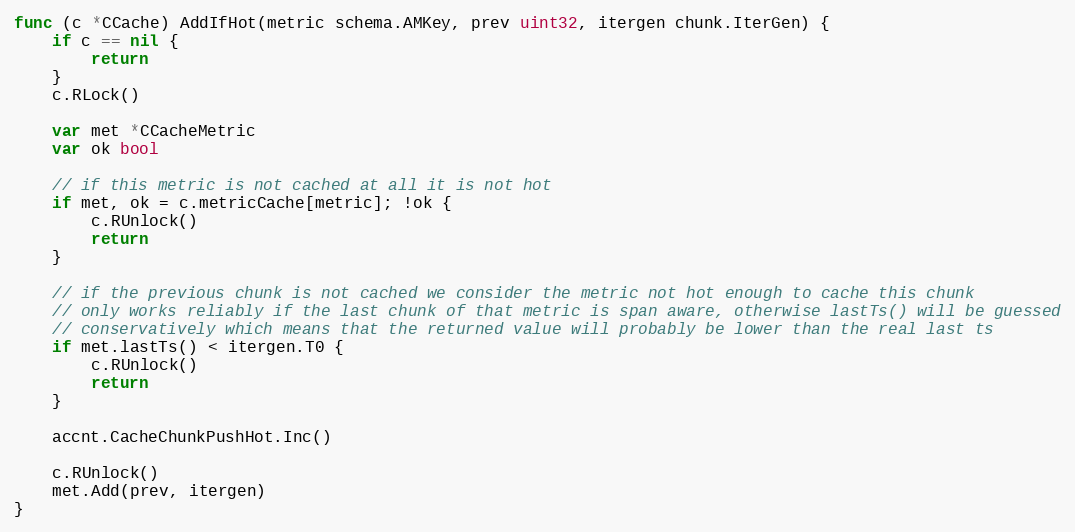
Language: Go
func (c *CCache) AddIfHot(metric schema.AMKey, prev uint32, itergen chunk.IterGen) {
	if c == nil {
		return
	}
	c.RLock()

	var met *CCacheMetric
	var ok bool

	// if this metric is not cached at all it is not hot
	if met, ok = c.metricCache[metric]; !ok {
		c.RUnlock()
		return
	}

	// if the previous chunk is not cached we consider the metric not hot enough to cache this chunk
	// only works reliably if the last chunk of that metric is span aware, otherwise lastTs() will be guessed
	// conservatively which means that the returned value will probably be lower than the real last ts
	if met.lastTs() < itergen.T0 {
		c.RUnlock()
		return
	}

	accnt.CacheChunkPushHot.Inc()

	c.RUnlock()
	met.Add(prev, itergen)
}